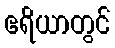
ဧရိယာတွင်